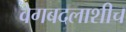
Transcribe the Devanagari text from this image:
वेगबदलाशीच